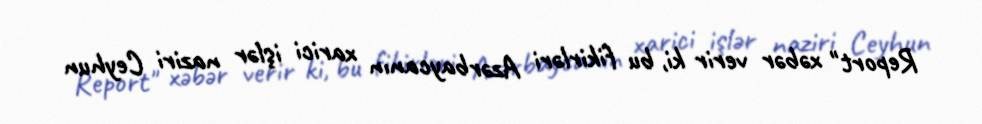
Report" xəbər verir ki, bu fikirləri Azərbaycanın xarici işlər naziri Ceyhun